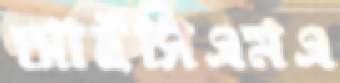
আইসিএমএ